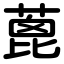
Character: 蓖